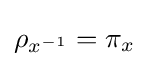
\rho _{x^{-1}}=\pi _{x}